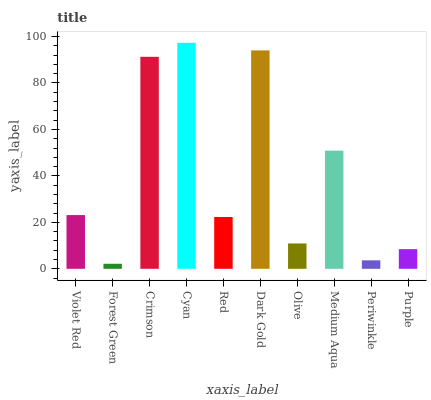
| xaxis_label | bars |
 | --- | --- |
 | Violet Red | 23.1 |
 | Forest Green | 2.17 |
 | Crimson | 91.3 |
 | Cyan | 97.3 |
 | Red | 22.3 |
 | Dark Gold | 94 |
 | Olive | 10.9 |
 | Medium Aqua | 50.9 |
 | Periwinkle | 3.64 |
 | Purple | 8.47 |